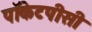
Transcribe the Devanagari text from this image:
पॉकेटपीसी